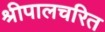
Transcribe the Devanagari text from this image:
श्रीपालचरित